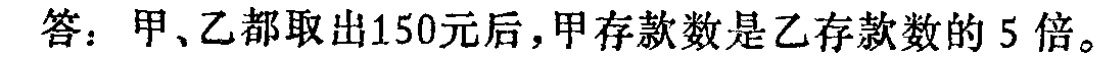
答：甲、乙都取出150元后，甲存款数是乙存款数的 5 倍。